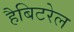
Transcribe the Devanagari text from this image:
हैबिटरेल